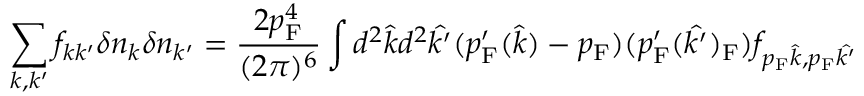
\sum _ { k , k ^ { \prime } } f _ { k k ^ { \prime } } \delta n _ { k } \delta n _ { k ^ { \prime } } = { \frac { 2 p _ { \mathrm { { F } } } ^ { 4 } } { ( 2 \pi ) ^ { 6 } } } \int d ^ { 2 } { \hat { k } } d ^ { 2 } { \hat { k ^ { \prime } } } ( p _ { \mathrm { { F } } } ^ { \prime } ( { \hat { k } } ) - p _ { \mathrm { { F } } } ) ( p _ { \mathrm { { F } } } ^ { \prime } ( { \hat { k ^ { \prime } } } ) _ { \mathrm { { F } } } ) f _ { p _ { \mathrm { { F } } } { \hat { k } } , p _ { \mathrm { { F } } } { \hat { k ^ { \prime } } } }